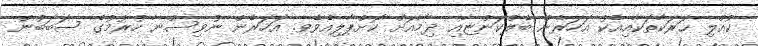
ކުއްލި ޙަރަކާތަކާއިއެކު އަހަރެން ބެލްކަންޏާއި ދިމާއަށް ކޮށްޕާލިއެވެވ. އަހަރެން ނުވިސްނާ ހުރުމުގެ ސަބަބުން